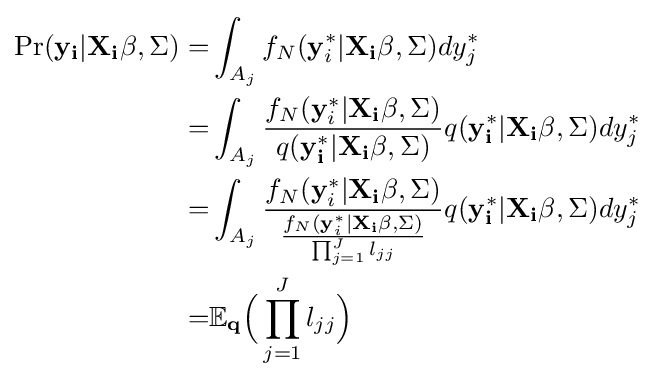
{\begin{aligned}\Pr(\mathbf {y_{i}} |\mathbf {X_{i}\beta } ,\Sigma )=&\int _{A_{j}}f_{N}(\mathbf {y} _{i}^{*}|\mathbf {X_{i}\beta } ,\Sigma )dy_{j}^{*}\\=&\int _{A_{j}}{\frac {f_{N}(\mathbf {y} _{i}^{*}|\mathbf {X_{i}\beta } ,\Sigma )}{q(\mathbf {y_{i}^{*}} |\mathbf {X_{i}\beta } ,\Sigma )}}q(\mathbf {y_{i}^{*}} |\mathbf {X_{i}\beta } ,\Sigma )dy_{j}^{*}\\=&\int _{A_{j}}{\frac {f_{N}(\mathbf {y} _{i}^{*}|\mathbf {X_{i}\beta } ,\Sigma )}{\frac {f_{N}(\mathbf {y} _{i}^{*}|\mathbf {X_{i}\beta } ,\Sigma )}{\prod _{j=1}^{J}l_{jj}}}}q(\mathbf {y_{i}^{*}} |\mathbf {X_{i}\beta } ,\Sigma )dy_{j}^{*}\\=&\mathbb {E} _{\mathbf {q} }{\Big (}\prod _{j=1}^{J}l_{jj}{\Big )}\\\end{aligned}}